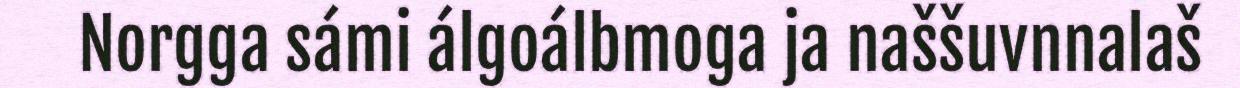
Norgga sámi álgoálbmoga ja naššuvnnalaš